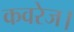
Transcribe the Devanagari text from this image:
कवरेज।